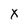
Character: x